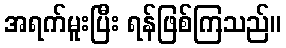
အရက်မူးပြီး ရန်ဖြစ်ကြသည်။